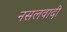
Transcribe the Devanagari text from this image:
नसलवादी